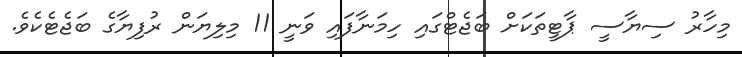
މިހާރު ސިޔާސީ ޕާޓީތަކަށް ބަޖެޓްގައި ހިމަނާފައި ވަނީ 11 މިލިޔަން ރުފިޔާގެ ބަޖެޓެކެވެ.